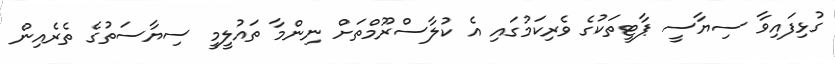
ގުޅިފައިވާ ސިޔާސީ ޕާޓީތަކުގެ ވެރިކަމުގައި އެ ކުލާސްރޫމްތަށް ނިންމާ ތައުލީމީ ސިޔާސަތުގެ ތެރެއިން